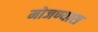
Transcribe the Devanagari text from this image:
मोजण्यास